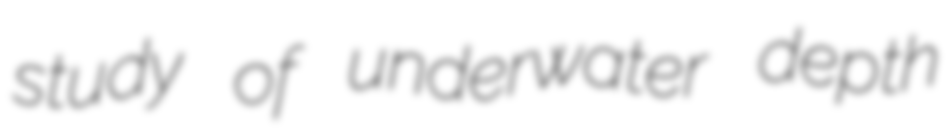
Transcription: study of underwater depth